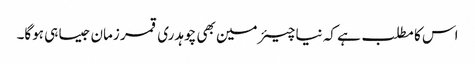
اس کا مطلب ہے کہ نیا چیئرمین بھی چوہدری قمر زمان جیسا ہی ہوگا۔